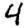
Digit: 4